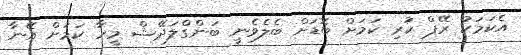
އެކަމަކު ރޭޕް ކުރި ކަމަށް ބޮޑަށް ބެލެވެނީ ބަންގްލަދޭޝް މީހާ ކަމަށް އޭނާ